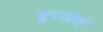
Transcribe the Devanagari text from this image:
सुपरफ्लाई